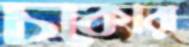
চকোরা